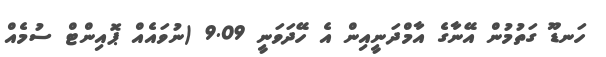
ހަނޑޫ ގަތުމުން އޭނާގެ އާމްދަނީއިން އެ ހޭދަވަނީ 9.09 (ނުވައެއް ޕޮއިންޓް ސުމެއް